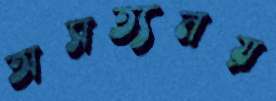
অসত্যনয়